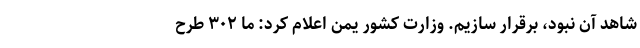
شاهد آن نبود، برقرار سازیم. وزارت کشور یمن اعلام کرد: ما ۳۰۲ طرح